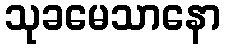
သုခမေသာနော